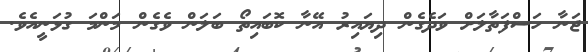
ޖަނާ ހަސްފަތާލަށް ވަދެގެން ދިޔައިރު އޭނާ ކޮބައިތޯ ބަލަން ވެގެން މަންމަ ގުޅަނީއެވެ.